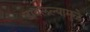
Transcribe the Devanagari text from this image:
डावलल्यामुळे